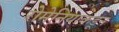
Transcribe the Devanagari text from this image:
रोमेनियाकडून